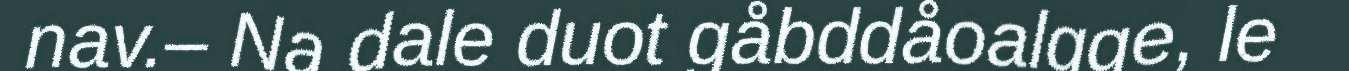
nav.– Na dale duot gåbddåoalgge, le